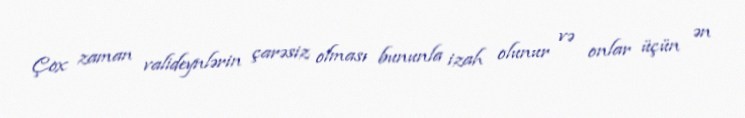
Çox zaman valideynlərin çarəsiz olması bununla izah olunur və onlar üçün ən